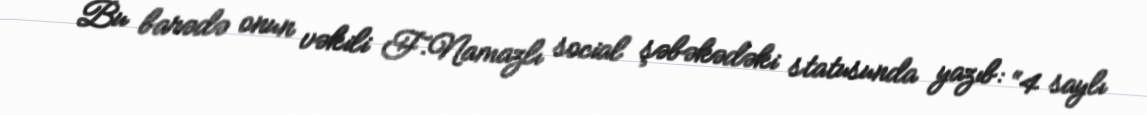
Bu barədə onun vəkili F.Namazlı social şəbəkədəki statusunda yazıb: “4 saylı